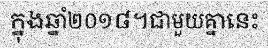
ក្នុងឆ្នាំ២០១៨។ជាមួយគ្នានេះ